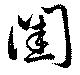
閨